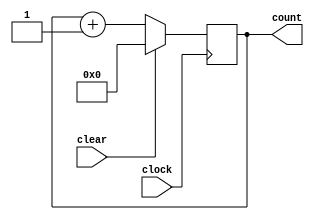
module N_bit_counter (clear, clock, count);
    parameter N = 7;
    input clear, clock;
    output [0:N]count;

    always@(posedge clock)
        if(clear)   count <= 0;
        else        count <= count + 1;
endmodule